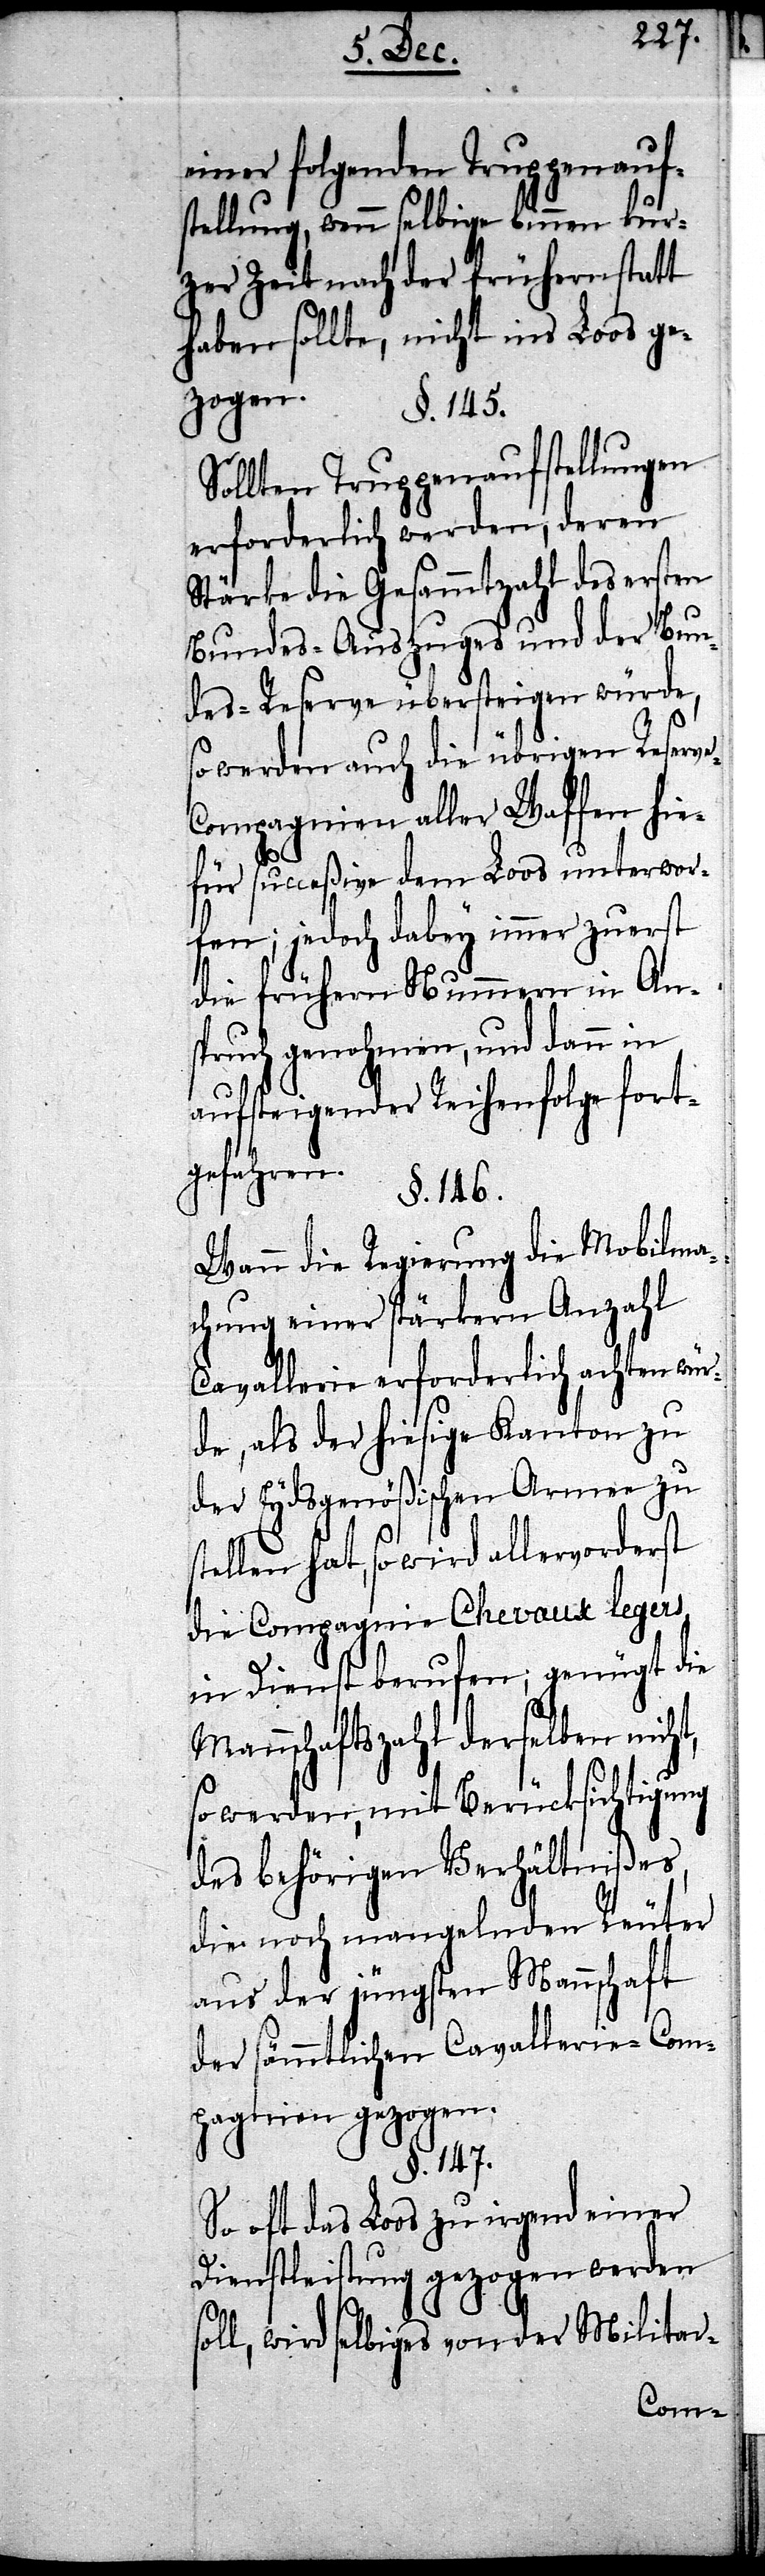
einer folgenden Truppenauf¬
stellung, wenn selbige binnen kur¬
zer Zeit nach der frühern statt
haben sollte, nicht ins Loos ge¬
zogen.
§. 145.
Sollten Truppenaufstellungen
erforderlich werden, deren
Stärke die Gesammtzahl des ersten
Bundes-Auszuges und der Bun¬
des-Reserve übersteigen würde,
so werden auch die übrigen Reserv¬
e-Compagnien aller Waffen hie¬
für succeßive dem Loos unterwor¬
fen, jedoch dabey immer zuerst
die frühern Nummern in Ans¬
pruch genohmen, und dann in
aufsteigender Reihenfolge fort¬
gefahren.
§. 146.
Wann die Regierung die Mobilma¬
chung einer stärkeren Anzahl
Cavallerie erforderlich achten wür¬
de, als der hiesige Kanton zu
der Eydsgenößischen Armee zu s¬
tellen hat, so wird allervorderst
die Compagnie Chevaux legers
in Dienst berufen; genügt die
Mannschaftszahl derselben nicht,
so werden, mit Berücksichtigung
des behörigen Verhältnißes,
die noch mangelnden Reuter
aus der jüngsten Mannschaft
der sämmtlichen Cavallerie-Com¬
pagnien gezogen.
§. 147.
So oft das Loos zu irgend einer
Dienstleistung gezogen werden
ll, wird selbiges von der Militar-
so¬